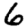
Digit: 6